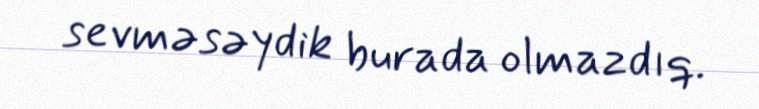
sevməsəydik burada olmazdıq.